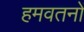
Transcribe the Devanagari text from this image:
हमवतनों